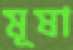
মূষা